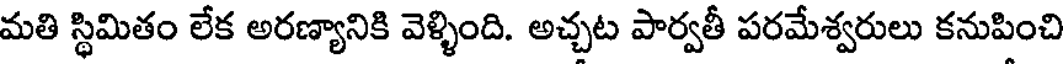
మతి స్థిమితం లేక అరణ్యానికి వెళ్ళింది. అచ్చట పార్వతీ పరమేశ్వరులు కనుపించి